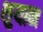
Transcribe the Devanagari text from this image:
शुयान